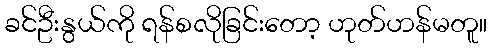
ခင်ဦးနွယ်ကို ရန်စလိုခြင်းတော့ ဟုတ်ဟန်မတူ။